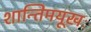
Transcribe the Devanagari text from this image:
शान्तिमयूखः